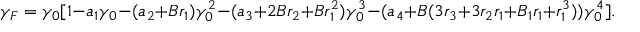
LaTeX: \gamma _ { F } = \gamma _ { 0 } [ 1 - a _ { 1 } \gamma _ { 0 } - ( a _ { 2 } + B r _ { 1 } ) \gamma _ { 0 } ^ { 2 } - ( a _ { 3 } + 2 B r _ { 2 } + B r _ { 1 } ^ { 2 } ) \gamma _ { 0 } ^ { 3 } - ( a _ { 4 } + B ( 3 r _ { 3 } + 3 r _ { 2 } r _ { 1 } + B _ { 1 } r _ { 1 } + r _ { 1 } ^ { 3 } ) ) \gamma _ { 0 } ^ { 4 } ] .